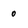
Character: 0